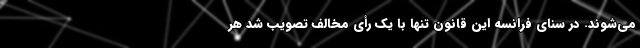
می‌شوند. در سنای فرانسه این قانون تنها با یک رأی مخالف تصویب شد هر